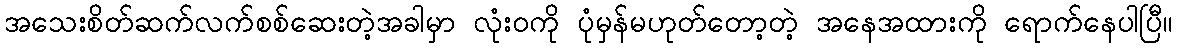
အသေးစိတ်ဆက်လက်စစ်ဆေးတဲ့အခါမှာ လုံးဝကို ပုံမှန်မဟုတ်တော့တဲ့ အနေအထားကို ရောက်နေပါပြီ။